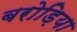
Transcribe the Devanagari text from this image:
बरोड़िया